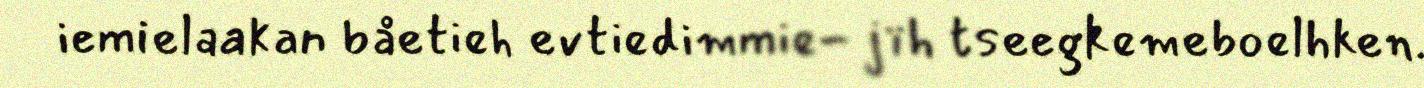
iemielaakan båetieh evtiedimmie- jïh tseegkemeboelhken.